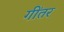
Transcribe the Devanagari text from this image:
गींतर